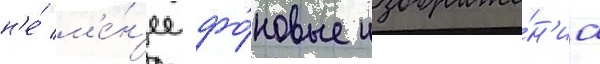
н'е́ м'е́н'ее фо́новые изображе́н'иа